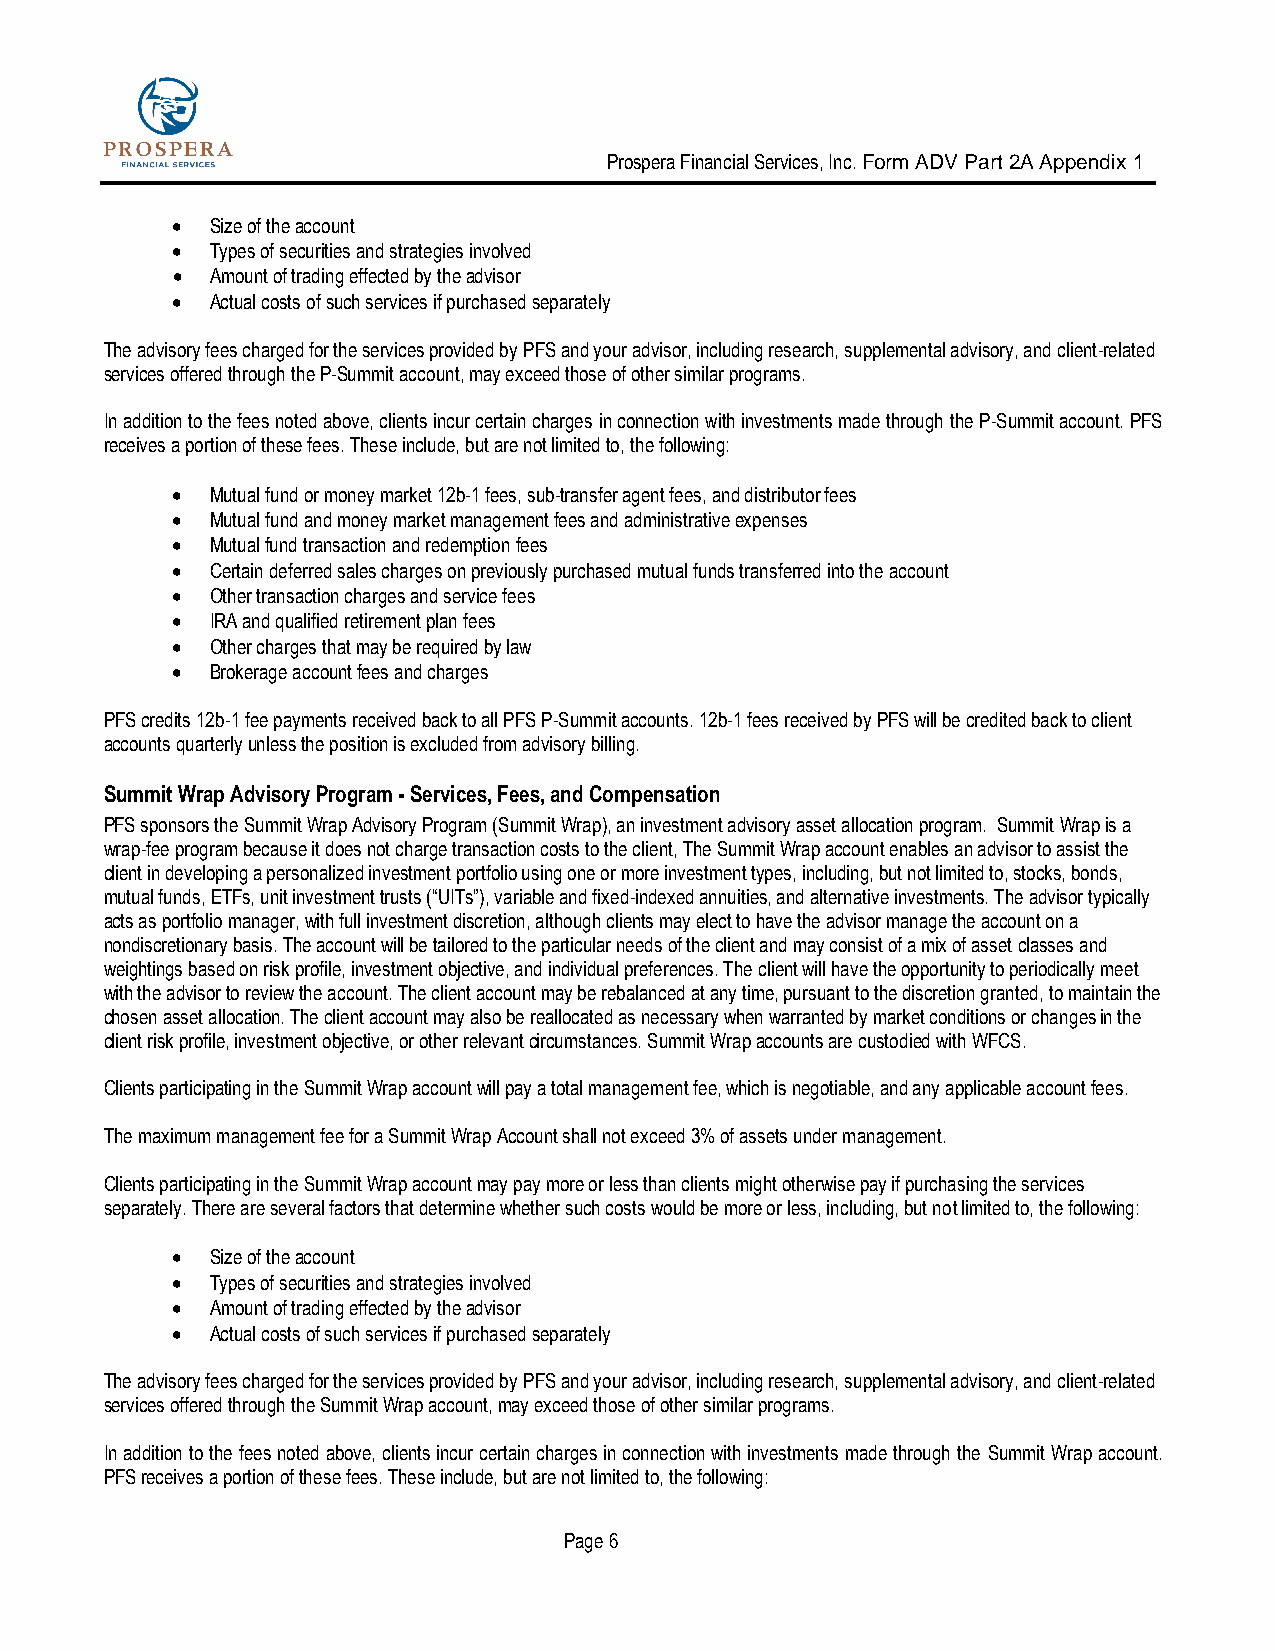
Prospera Financial Services, Inc. Form ADV Part 2A Appendix 1
 •  Size of the account
 •  Types of securities and strategies involved
 •  Amount of trading effected by the advisor
 •  Actual costs of such services if purchased separately
 The advisory fees charged for the services provided by PFS and your advisor, including research, supplemental advisory, and client-related
 services offered through the P-Summit account, may exceed those of other similar programs.
 In addition to the fees noted above, clients incur certain charges in connection with investments made through the P-Summit account. PFS
 receives a portion of these fees. These include, but are not limited to, the following:
 •  Mutual fund or money market 12b-1 fees, sub-transfer agent fees, and distributor fees
 •  Mutual fund and money market management fees and administrative expenses
 •  Mutual fund transaction and redemption fees
 •  Certain deferred sales charges on previously purchased mutual funds transferred into the account
 •  Other transaction charges and service fees
 •  IRA and qualified retirement plan fees
 •  Other charges that may be required by law
 •  Brokerage account fees and charges
 PFS credits 12b-1 fee payments received back to all PFS P-Summit accounts. 12b-1 fees received by PFS will be credited back to client
 accounts quarterly unless the position is excluded from advisory billing.
 Summit Wrap Advisory Program - Services, Fees, and Compensation
 PFS sponsors the Summit Wrap Advisory Program (Summit Wrap), an investment advisory asset allocation program. Summit Wrap is a
 wrap-fee program because it does not charge transaction costs to the client, The Summit Wrap account enables an advisor to assist the
 client in developing a personalized investment portfolio using one or more investment types, including, but not limited to, stocks, bonds,
 mutual funds, ETFs, unit investment trusts (“UITs”), variable and fixed-indexed annuities, and alternative investments. The advisor typically
 acts as portfolio manager, with full investment discretion, although clients may elect to have the advisor manage the account on a
 nondiscretionary basis. The account will be tailored to the particular needs of the client and may consist of a mix of asset classes and
 weightings based on risk profile, investment objective, and individual preferences. The client will have the opportunity to periodically meet
 with the advisor to review the account. The client account may be rebalanced at any time, pursuant to the discretion granted, to maintain the
 chosen asset allocation. The client account may also be reallocated as necessary when warranted by market conditions or changes in the
 client risk profile, investment objective, or other relevant circumstances. Summit Wrap accounts are custodied with WFCS.
 Clients participating in the Summit Wrap account will pay a total management fee, which is negotiable, and any applicable account fees.
 The maximum management fee for a Summit Wrap Account shall not exceed 3% of assets under management.
 Clients participating in the Summit Wrap account may pay more or less than clients might otherwise pay if purchasing the services
 separately. There are several factors that determine whether such costs would be more or less, including, but not limited to, the following:
 •  Size of the account
 •  Types of securities and strategies involved
 •  Amount of trading effected by the advisor
 •  Actual costs of such services if purchased separately
 The advisory fees charged for the services provided by PFS and your advisor, including research, supplemental advisory, and client-related
 services offered through the Summit Wrap account, may exceed those of other similar programs.
 In addition to the fees noted above, clients incur certain charges in connection with investments made through the Summit Wrap account.
 PFS receives a portion of these fees. These include, but are not limited to, the following:
 Page 6